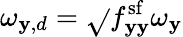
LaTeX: \omega_{\mathbf{y},d}=\sqrt{}{{f_{\mathbf{y}\mathbf{y}}^{\mathrm{{sf}}}}}\omega_{\mathbf{y}}